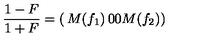
{ \frac { 1 - F } { 1 + F } } = \left( \begin{matrix} { M ( f _ { 1 } ) } & { 0 } \\ { 0 } & { M ( f _ { 2 } ) } \\ \end{matrix} \right)